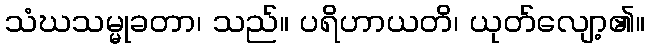
သံဃသမ္မုခတာ၊ သည်။ ပရိဟာယတိ၊ ယုတ်လျော့၏။